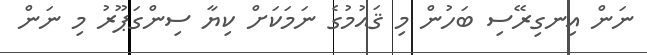
ނަން އިނގިރޭސި ބަހުން މި ޤައުމުގެ ނަމަކަށް ކިޔާ ސިންގަޕޫރު މި ނަން